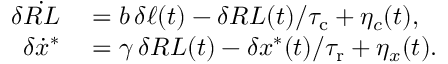
\begin{array} { r l } { \delta \dot { R L } } & { { } = b \, \delta \ell ( t ) - \delta R L ( t ) / { \tau _ { \mathrm { c } } } + \eta _ { c } ( t ) , } \\ { \delta \dot { x } ^ { * } } & { { } = \gamma \, \delta R L ( t ) - \delta x ^ { * } ( t ) / { \tau _ { \mathrm { r } } } + \eta _ { x } ( t ) . } \end{array}